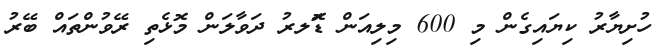
ހުށިޔާރު ކިޔައިގެން މި 600 މިލިއަން ޑޮަލރު ދަވާލަން މޮޅެތި ރޭވުންތައް ބޭރު